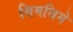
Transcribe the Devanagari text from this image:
सिमसिमे